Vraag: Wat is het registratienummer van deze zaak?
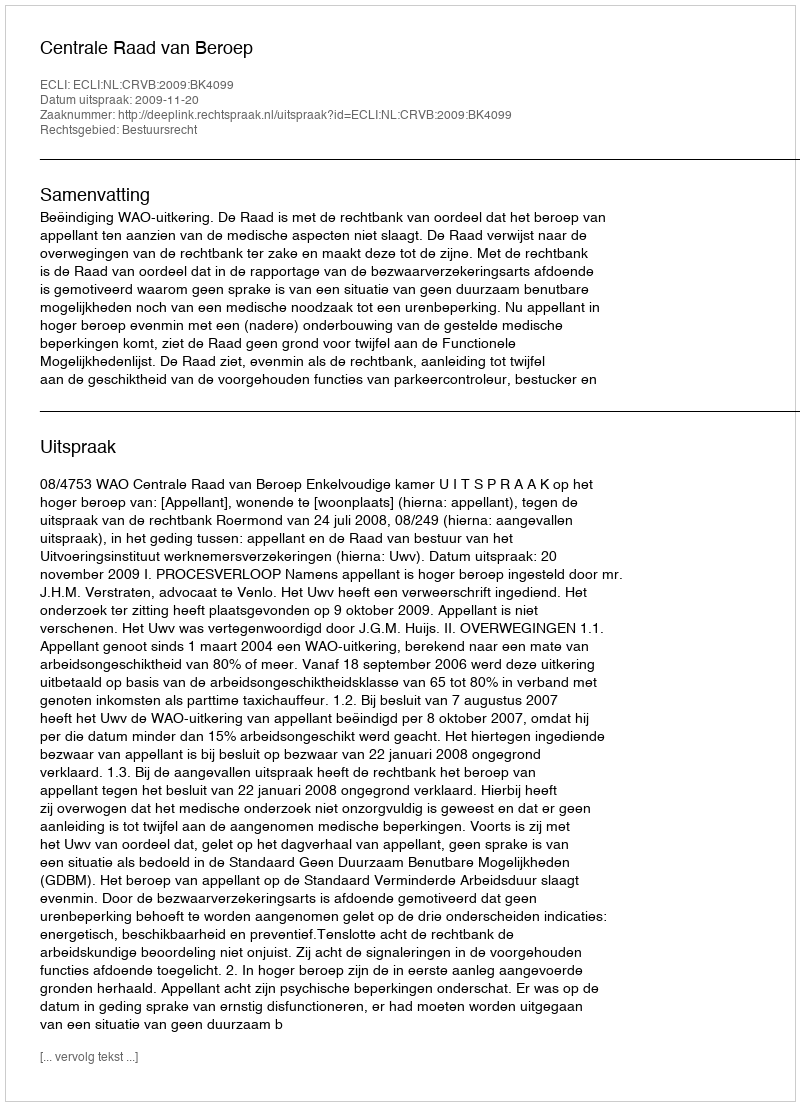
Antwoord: http://deeplink.rechtspraak.nl/uitspraak?id=ECLI:NL:CRVB:2009:BK4099